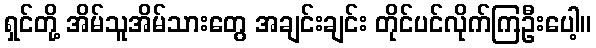
ရှင်တို့ အိမ်သူအိမ်သားတွေ အချင်းချင်း တိုင်ပင်လိုက်ကြဦးပေါ့။